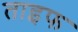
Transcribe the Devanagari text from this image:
ताइफ